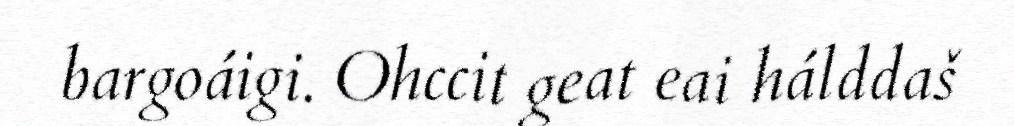
bargoáigi. Ohccit geat eai hálddaš